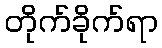
တိုက်ခိုက်ရာ